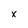
Character: x